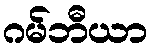
ဂမ်ဘီယာ